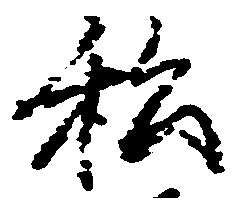
私